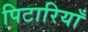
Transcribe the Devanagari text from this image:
पिटारियाँ